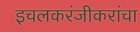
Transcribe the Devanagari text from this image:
इचलकरंजीकरांचा